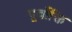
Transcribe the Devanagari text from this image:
पूर्वोक्ति